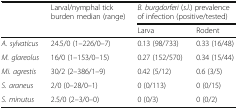
| <ROWSPAN=2>  | <ROWSPAN=2> Larval/nymphal tick burden median (range) | <COLSPAN=2> B. burgdorferi (s.l.) prevalence of infection (positive/tested) |
 | Larva | Rodent |
 | --- | --- | --- | --- |
 | A. sylvaticus | 24.5/0 (1–226/0–7) | 0.13 (98/733) | 0.33 (16/48) |
 | M. glareolus | 16/0 (1–153/0–15) | 0.27 (152/570) | 0.34 (15/44) |
 | Mi. agrestis | 30/2 (2–386/1–9) | 0.42 (5/12) | 0.6 (3/5) |
 | S. araneus | 2/0 (0–28/0–1) | 0 (0/113) | 0 (0/15) |
 | S. minutus | 2.5/0 (2–3/0–0) | 0 (0/3) | 0 (0/2) |